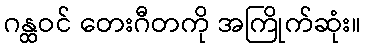
ဂန္ထဝင် တေးဂီတကို အကြိုက်ဆုံး။